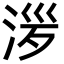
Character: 㳨